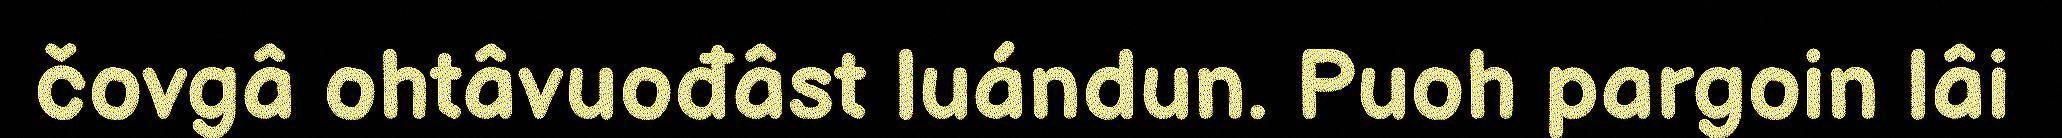
čovgâ ohtâvuođâst luándun. Puoh pargoin lâi